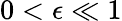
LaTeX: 0<\epsilon\ll 1